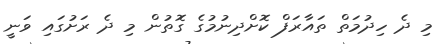
މި ދެ ހިދުމަތް ތައާރަފް ކޮށްދިނުމުގެ ގޮތުން މި ދެ ރަށުގައި ވަނީ